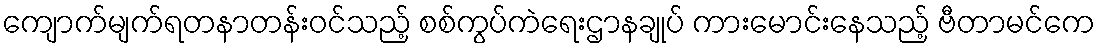
ကျောက်မျက်ရတနာတန်းဝင်သည့် စစ်ကွပ်ကဲရေးဌာနချုပ် ကားမောင်းနေသည့် ဗီတာမင်ကေ